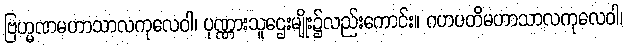
ဗြဟ္မဏမဟာသာလကုလေဝါ၊ ပုဏ္ဏားသူဌေးမျိုး၌လည်းကောင်း။ ဂဟပတိမဟာသာလကုလေဝါ၊